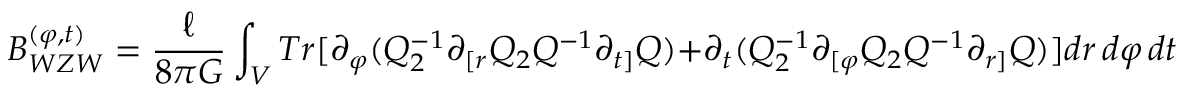
{ \cal B } _ { W Z W } ^ { ( \varphi , t ) } = \frac { \ell } { 8 \pi G } \int _ { \cal V } T r [ \partial _ { \varphi } ( Q _ { 2 } ^ { - 1 } \partial _ { [ r } Q _ { 2 } Q ^ { - 1 } \partial _ { t ] } Q ) + \partial _ { t } ( Q _ { 2 } ^ { - 1 } \partial _ { [ \varphi } Q _ { 2 } Q ^ { - 1 } \partial _ { r ] } Q ) ] d r \, d \varphi \, d t \quad .